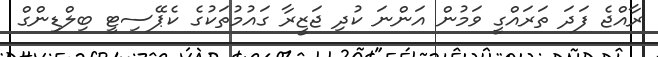
ރާއްޖެ ފަދަ ތަރައްގީ ވަމުން އަންނަ ކުދި ޖަޒީރާ ގައުމުތަކުގެ ކެޕޭސިޓީ ބިލްޑިންގް